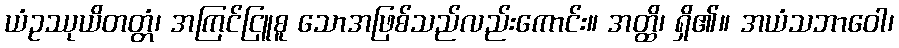
ယံဥဿုယိတတ္တံ၊ အကြင်ငြူစူ သောအဖြစ်သည်လည်းကောင်း။ အတ္ထိ၊ ရှိ၏။ အယံသဘာဝေါ၊